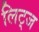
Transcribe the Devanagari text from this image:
लिट्ज